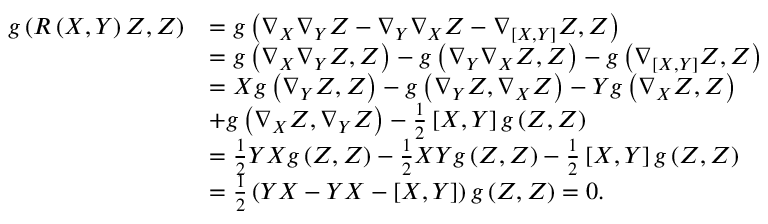
\begin{array} { r l } { g \left( R \left( X , Y \right) Z , Z \right) } & { = g \left( \nabla _ { X } \nabla _ { Y } Z - \nabla _ { Y } \nabla _ { X } Z - \nabla _ { \left[ X , Y \right] } Z , Z \right) } \\ & { = g \left( \nabla _ { X } \nabla _ { Y } Z , Z \right) - g \left( \nabla _ { Y } \nabla _ { X } Z , Z \right) - g \left( \nabla _ { \left[ X , Y \right] } Z , Z \right) } \\ & { = X g \left( \nabla _ { Y } Z , Z \right) - g \left( \nabla _ { Y } Z , \nabla _ { X } Z \right) - Y g \left( \nabla _ { X } Z , Z \right) } \\ & { + g \left( \nabla _ { X } Z , \nabla _ { Y } Z \right) - \frac { 1 } { 2 } \left[ X , Y \right] g \left( Z , Z \right) } \\ & { = \frac { 1 } { 2 } Y X g \left( Z , Z \right) - \frac { 1 } { 2 } X Y g \left( Z , Z \right) - \frac { 1 } { 2 } \left[ X , Y \right] g \left( Z , Z \right) } \\ & { = \frac { 1 } { 2 } \left( Y X - Y X - \left[ X , Y \right] \right) g \left( Z , Z \right) = 0 . } \end{array}